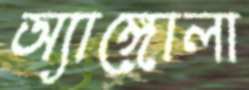
অ্যাঙ্গোলা